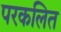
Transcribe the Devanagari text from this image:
परकलित